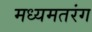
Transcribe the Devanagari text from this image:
मध्यमतरंग